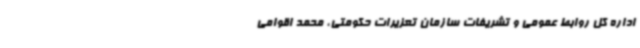
اداره کل روابط عمومی و تشریفات سازمان تعزیرات حکومتی، محمد اقوامی